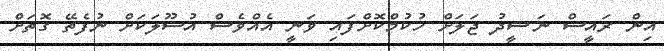
އިން ރައީސް ނަޝީދު ޖަލަށް ހުކުމްކޮށްފައި ވަނީ އެއްވެސް އުސޫލަކަށް ނުފެތޭ ގޮތަށް